Reports on military cantonments and civil stations in the Presidency of Bombay inspected by the Sanitary Commissioner in the years 1875 and 1876
Year: 1875
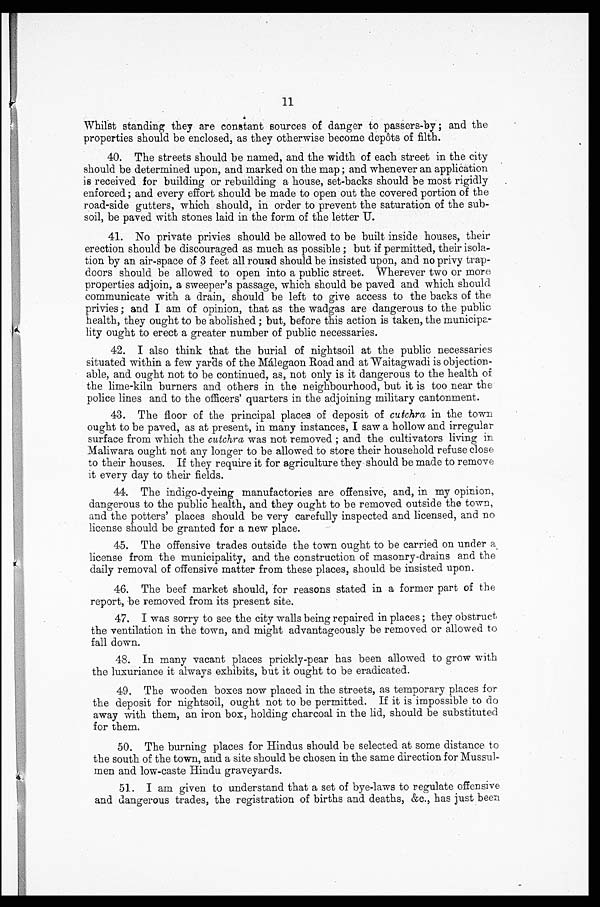
11
Whilst standing they are constant sources of danger to passers-by; and the
properties should be enclosed, as they otherwise become depôts of filth.
40. The streets should be named, and the width of each street in the city
should be determined upon, and marked on the map; and whenever an application
is received for building or rebuilding a house, set-backs should be most rigidly
enforced; and every effort should be made to open out the covered portion of the
road-side gutters, which should, in order to prevent the saturation of the sub
-soil, be paved with stones laid in the form of the letter U.
41. No private privies should be allowed to be built inside houses, their
erection should be discouraged as much as possible; but if permitted, their isola
-tion by an air-space of 3 feet all round should be insisted upon, and no privy trap
-doors should be allowed to open into a public street. Wherever two or more
properties adjoin, a sweeper's passage, which should be paved and which should
communicate with a drain, should be left to give access to the backs of the
privies; and I am of opinion, that as the wadgas are dangerous to the public
health, they ought to be abolished; but, before this action is taken, the municipa
-lity ought to erect a greater number of public necessaries.
42. I also think that the burial of nightsoil at the public necessaries
situated within a few yards of the Málegaon Road and at Waitagwadi is objection
-able, and ought not to be continued, as, not only is it dangerous to the health of
the lime-kiln burners and others in the neighbourhood, but it is too near the
police lines and to the officers' quarters in the adjoining military cantonment.
43. The floor of the principal places of deposit of cutchra in the town
ought to be paved, as at present, in many instances, I saw a hollow and irregular
surface from which the cutchra was not removed; and the cultivators living in
Maliwara ought not any longer to be allowed to store their household refuse close
to their houses. If they require it for agriculture they should be made to remove
it every day to their fields.
44. The indigo-dyeing manufactories are offensive, and, in my opinion,
dangerous to the public health, and they ought to be removed outside the town,
and the potters' places should be very carefully inspected and licensed, and no
license should be granted for a new place.
45. The offensive trades outside the town ought to be carried on under a
license from the municipality, and the construction of masonry-drains and the
daily removal of offensive matter from these places, should be insisted upon.
46. The beef market should, for reasons stated in a former part of the
report, be removed from its present site.
47. I was sorry to see the city walls being repaired in places; they obstruct
the ventilation in the town, and might advantageously be removed or allowed to
fall down.
48. In many vacant places prickly-pear has been allowed to grow with
the luxuriance it always exhibits, but it ought to be eradicated.
49. The wooden boxes now placed in the streets, as temporary places for
the deposit for nightsoil, ought not to be permitted. If it is impossible to do
away with them, an iron box, holding charcoal in the lid, should be substituted
for them.
50. The burning places for Hindus should be selected at some distance to
the south of the town, and a site should be chosen in the same direction for Mussul
-men and low-caste Hindu graveyards.
51. I am given to understand that a set of bye-laws to regulate offensive
and dangerous trades, the registration of births and deaths, &c., has just been